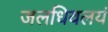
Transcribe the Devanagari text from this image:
जलधिवलयं